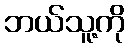
ဘယ်သူ့ကို